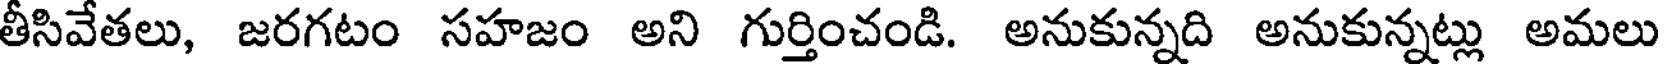
తీసివేతలు, జరగటం సహజం అని గుర్తించండి. అనుకున్నది అనుకున్నట్లు అమలు